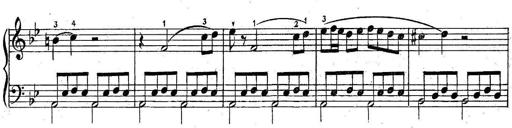
Title: 6 Easy Sonatinas
Composer: Carl Czerny